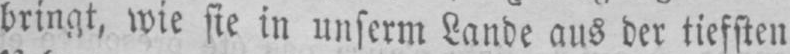
bringt, wie sie in unserm Lande aus der tiefsten